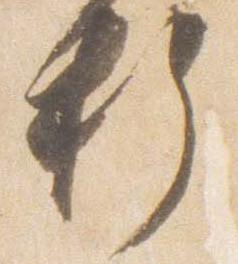
折